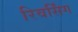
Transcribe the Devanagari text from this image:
रिवर्सिंग